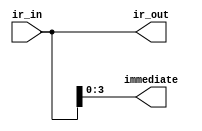
// Module: Instruction Register

module ir( ir_in, immediate, ir_out);
    
input wire [7:0] ir_in;           // Instruction
output wire [3:0] immediate;      // Immediate data output
output reg [7:0] ir_out;          // Output to controller

always @ (*)
begin
    ir_out <= ir_in;
end

assign immediate = ir_out[3:0];

endmodule

//                                       ---------------------------------------------
//                           ir_in----->|                                             |-----> ir_out                 
//                                      |                                             |-----> immediate
//                                      |                                             |                    
//                                      |             Instruction Register            |
//                                      |                                             |
//                                      |                                             |
//                                      |                                             |
//                                       ---------------------------------------------